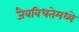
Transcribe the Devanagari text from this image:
जैवविधतेमध्ये